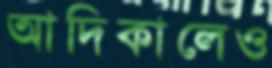
আদিকালেও